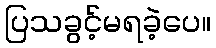
ပြသခွင့်မရခဲ့ပေ။